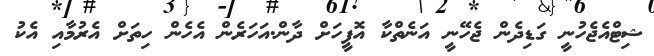
ޝިޓްއެޖެހުނީ ގަޑިދެން ޖެހޭނީ އަނެތްކާ އޮފީހަށް ދާން.އަހަރެން އެހެން ހިތަށް އެރުމާއި އެކު